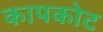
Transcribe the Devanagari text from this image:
कापकोट